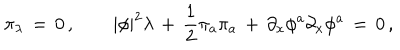
LaTeX: \pi _ { \lambda } \, = \, 0 \, , \qquad | \phi | ^ { 2 } \lambda \, + \, { \frac { 1 } { 2 } } \pi _ { a } \pi _ { a } \, + \, \partial _ { x } \phi ^ { a } \partial _ { x } \phi ^ { a } \, = \, 0 \, ,